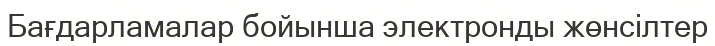
Бағдарламалар бойынша электронды жөнсілтер